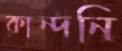
কান্দনি